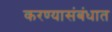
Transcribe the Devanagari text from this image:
करण्यासंबंधात